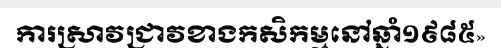
ការស្រាវជ្រាវខាងកសិកម្មនៅឆ្នាំ១៩៨៥»